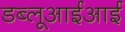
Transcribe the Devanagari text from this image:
डब्लूआईआई